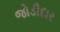
જોડીદાર